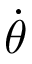
\dot { \theta }